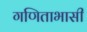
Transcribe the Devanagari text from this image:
गणिताभासी